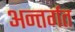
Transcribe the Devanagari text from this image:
अन्तर्गत